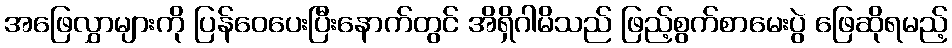
အဖြေလွှာများကို ပြန်ဝေပေးပြီးနောက်တွင် အိရှိဂါမိသည် ဖြည့်စွက်စာမေးပွဲ ဖြေဆိုရမည့်